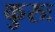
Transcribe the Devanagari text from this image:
कुरुः